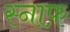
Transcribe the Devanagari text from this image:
स्नाफ़